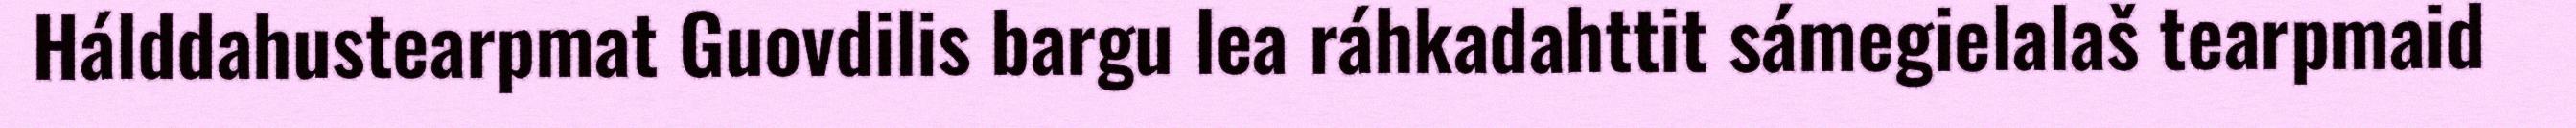
Hálddahustearpmat Guovdilis bargu lea ráhkadahttit sámegielalaš tearpmaid